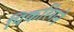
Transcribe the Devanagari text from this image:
पिकरिंगने